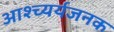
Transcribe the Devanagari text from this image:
आश्च्यर्यजनक